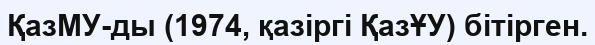
ҚазМУ-ды (1974, қазіргі ҚазҰУ) бітірген.